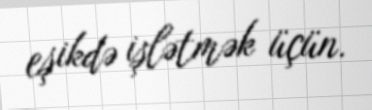
eşikdə işlətmək üçün.